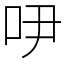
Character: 吚